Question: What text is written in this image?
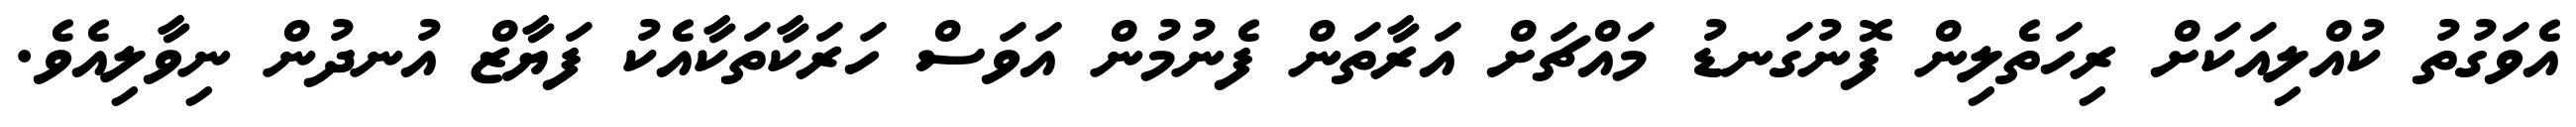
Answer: އެވަގުތު ކުއްލިއަކަށް ރިހަތެލިން ފޮނުގަނޑު މައްޗަށް އަރާތަން ފެނުމުން އަވަސް ހަރަކާތަކާއެކު ފަޔާޒް އުނދުން ނިވާލިއެވެ.